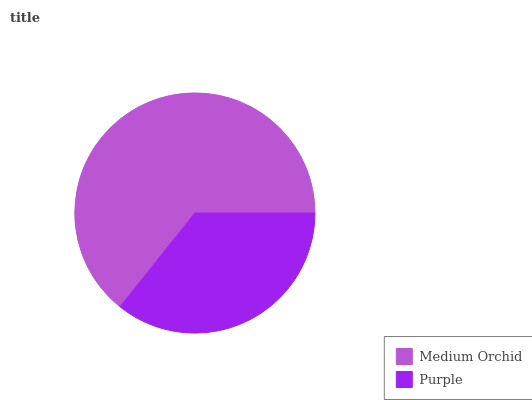
| Medium Orchid | Purple |
 | --- | --- |
 | 64.3% | 35.7% |